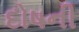
દોષની